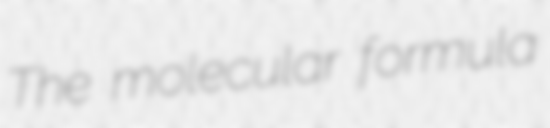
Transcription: The molecular formula